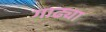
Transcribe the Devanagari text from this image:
गाढ्या